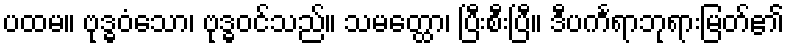
ပထမ။ ဗုဒ္ဓဝံသော၊ ဗုဒ္ဓဝင်သည်။ သမတ္ထော၊ ပြီးစီးပြီ။ ဒီပင်္ကရာဘုရားမြတ်၏